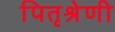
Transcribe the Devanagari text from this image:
पितृश्रेणी